Vaccination in the Punjab 1919-1929 - 1919-1929
Year: 1919
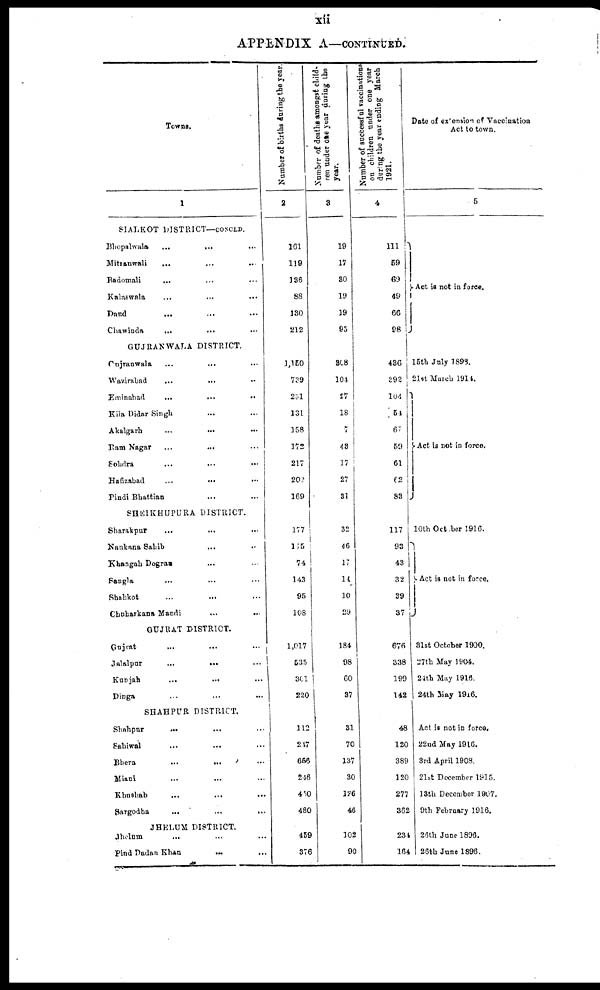
xii
APPENDIX A—CONTINUED.
Towns.
1
SIALKOT DISTRICT—COSCLD.
Bhopalwala
...
...
...
Mitranwali ... ... ...
Badomali ... ... ...
Kalaswala ... ... ...
Dand ... ... ...
Chawinda ... ... ...
GUJRANWALA DISTRICT.
Gujranwala ... ... ...
Wazirabad ... ... ...
Eminabad
...
...
...
Kila Didar Singh ... ... ...
Akalgarh
...
...
...
Ram Nagar ... ... ...
Sohdra
Hafizabad ... ... ...
Pindi Bhattian ... ... ...
SHEIKHUPURA DISTRICT.
Sharakpur ... ... ...
Nankana Sahib ... ... ...
Khangah Dogras ... ... ...
Sangla ... ... ...
Shabkot ... ... ...
Chuharkana Mandi ... ... ...
GUJRAT DISTRICT.
Gujrat ... ... ...
Jalalpur ... ... ...
Kunjah
...
...
...
Dinga ... ... ...
SHAHPUR DISTRICT.
Shahpur ... ... ...
Sahiwal
...
...
...
Bhere
...
...
...
Miani
...
...
...
Khushab ... ... ...
Sargodha
...
...
...
JHELUM DISTRICT.
Jhelam ... ... ...
Pind Dadan Khan ... ...
Number of births during the year.
2
161
119
136
88
130
212
1,150
739
231
131
158
172
217
202
169
177
175
74
143
95
108
1,017
535
301
220
112
217
656
246
450
480
459
376
Number of deaths amongst child-
ren under one year during the
year.
3
19
17
80
19
19
95
308
104
27
18
7
43
17
27
31
32
46
17
14
10
29
134
98
60
37
31
70
137
30
126
46
102
90
Number of successful vaccinations
on children under one year
during the year ending March
1921.
4
111
59
69
49
66
98
436
392
104
54
67
59
61
62
83
117
93
43
32
39
37
676
338
199
142
48
120
389
120
277
362
234
164
Date of ex'ension of Vaccination
Act to town.
5
Act is not in force.
15th July 1898.
21st March 1914.
Act is not in force.
10th October 1916
Act is not in force.
31st October 1900.
27th May 1904.
24th May 1916.
24th May 1916.
Act is not in force.
22nd May 1916.
3rd April 1908.
21st December l915.
13th December 1907.
9th February 1916.
26th June 1896.
26th June 1896.